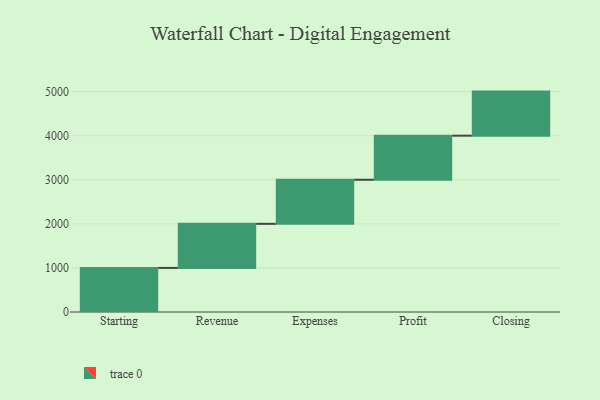
{"axis": {"x": "Step", "y": "Value"}, "legend": [""], "data": [{"x": "Starting", "y": 1000, "type": ""}, {"x": "Revenue", "y": 1000, "type": ""}, {"x": "Expenses", "y": 1000, "type": ""}, {"x": "Profit", "y": 1000, "type": ""}, {"x": "Closing", "y": 1000, "type": ""}]}